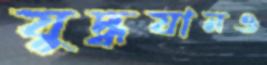
যুদ্ধযানও